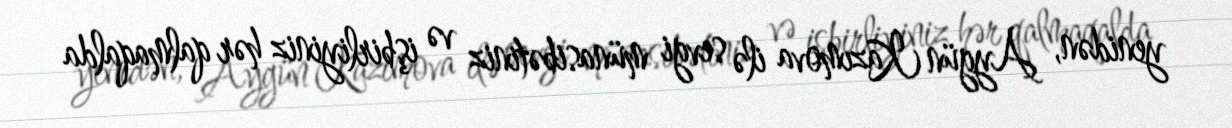
yenidən, Aygün Kazımova ilə sevgi münasibətiniz və işbirliyiniz hər qalmaqalda